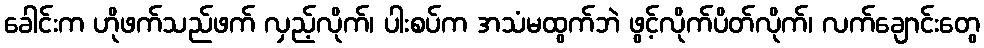
ခေါင်းက ဟိုဖက်သည်ဖက် လှည့်လိုက်၊ ပါးစပ်က အသံမထွက်ဘဲ ဖွင့်လိုက်ပိတ်လိုက်၊ လက်ချောင်းတွေ